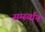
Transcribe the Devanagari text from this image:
सर्ग्स्यान